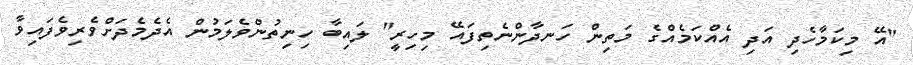
"އޭ މިކަމާހެދި އަދި އެއްކަމެއްގެ މަތިން ހަނދާންނެތިފައޭ މިހިރީ" ލައިބާ ހިނިތުންވެލަމުން އެދެމެދަށްވެރިވެފައިވާ